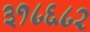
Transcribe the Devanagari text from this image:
३१८६८२